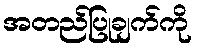
အတည်ပြုချက်ကို